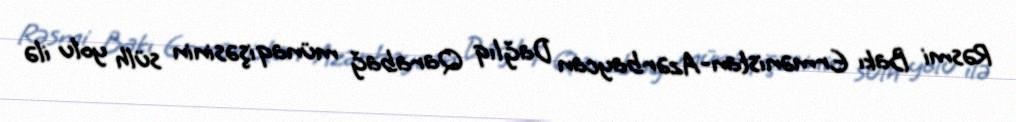
Rəsmi Bakı Ermənistan-Azərbaycan Dağlıq Qarabağ münaqişəsinin sülh yolu ilə